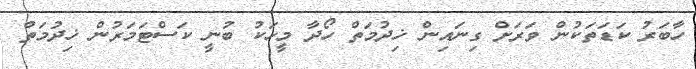
ހާބަރު ކަޑަތަކުން ވަރަށް ގިނައިން ޚިދުމަތް ހޯދާ މީހަކު ބުނީ ކަސްޓަމަރުން ޚިދުމަތް